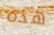
هذه